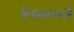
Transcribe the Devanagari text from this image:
२०००२